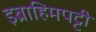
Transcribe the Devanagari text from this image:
इब्राहिमपट्टी